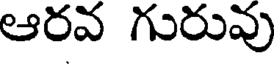
ఆరవ గురువు